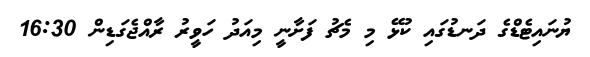
ޔުނައިޓެޑްގެ ދަނޑުގައި ކުޅޭ މި މެޗު ފަށާނީ މިއަދު ހަވީރު ރާއްޖެގަޑިން 16:30